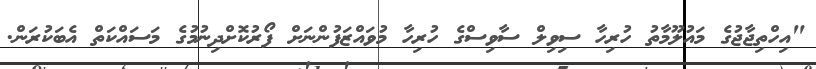
"އިހްތިޖާޖުގެ މައުލޫމާތު ހުރިހާ ސިވިލް ސާވިސްގެ ހުރިހާ މުވައްޒަފުންނަށް ފޯރުކޮށްދިނުމުގެ މަސައްކަތް އެބަކުރަން.